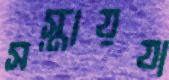
সস্তায়যা